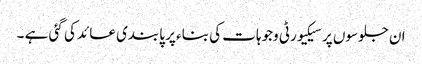
ان جلوسوں پر سیکیورٹی وجوہات کی بناء پر پابندی عائد کی گئی ہے ۔